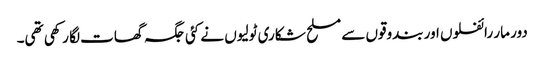
دور مار رائفلوں اور بندوقوں سے مسلح شکاری ٹولیوں نے کئی جگہ گھات لگا رکھی تھی۔